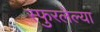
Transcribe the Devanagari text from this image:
स्फुरलेल्या